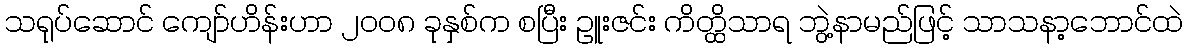
သရုပ်ဆောင် ကျော်ဟိန်းဟာ ၂၀၀၈ ခုနှစ်က စပြီး ဥူးဇင်း ကိတ္ထိသာရ ဘွဲ့နာမည်ဖြင့် သာသနာ့ဘောင်ထဲ